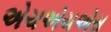
એચએચએસ